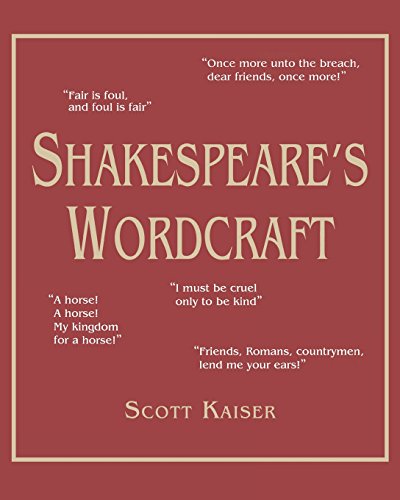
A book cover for Shakespeare's Wordcraft (Softcover); Scott Kaiser; Humor & Entertainment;